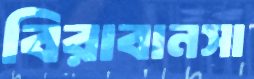
বিরাবানসা